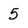
Character: 5